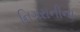
નિગરાનીના